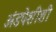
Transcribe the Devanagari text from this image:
अंडपेशीशी